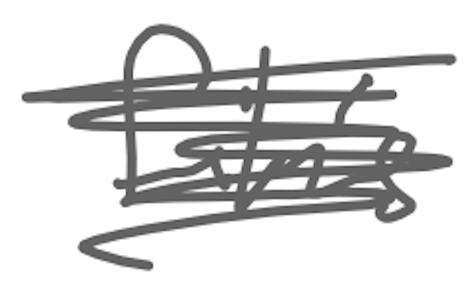
Text: film's
Cross-out: scratch
Writing tool: digital_gray